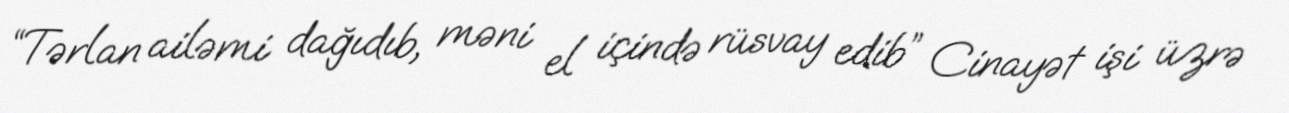
“Tərlan ailəmi dağıdıb, məni el içində rüsvay edib” Cinayət işi üzrə